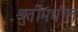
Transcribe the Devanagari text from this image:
श्रुतींमधील